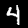
Digit: 4